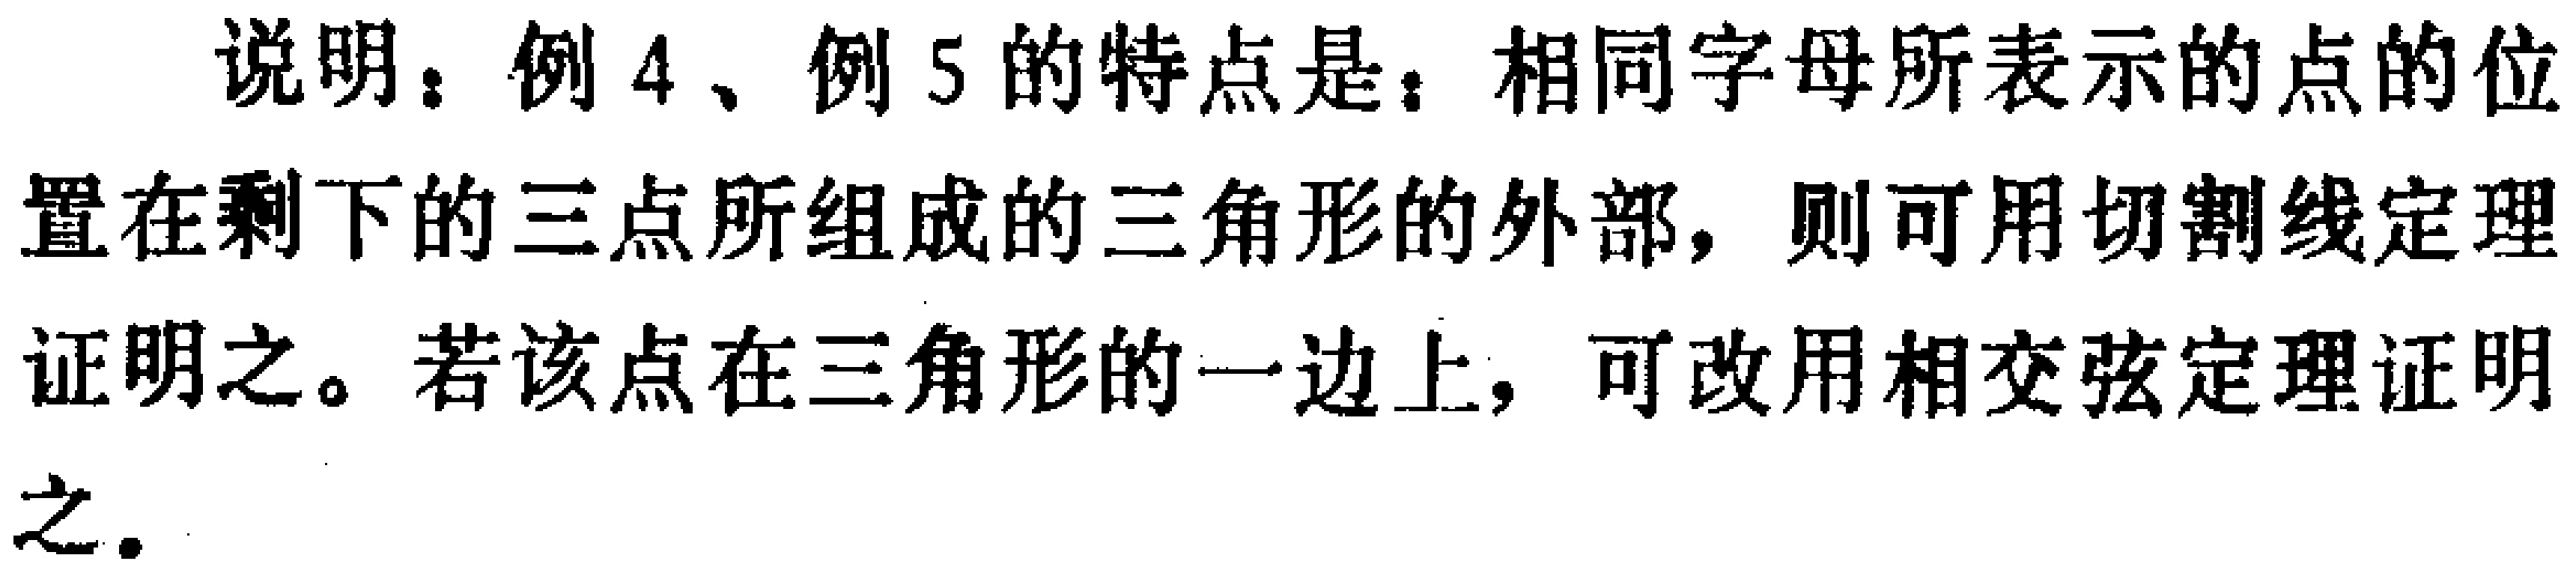
说明：例4、例5的特点是：相同字母所表示的点的位置在剩下的三点所组成的三角形的外部，则可用切割线定理证明之。若该点在三角形的一边上，可改用相交弦定理证明之。